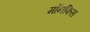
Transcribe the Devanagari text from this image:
मॉनफिस